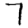
Digit: 7